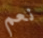
نعم